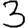
Digit: 3